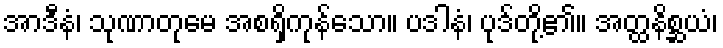
အာဒီနံ၊ သုဏာတုမေ အစရှိကုန်သော။ ပဒါနံ၊ ပုဒ်တို့၏။ အတ္ထနိစ္ဆယံ၊